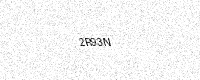
Text: 2R93N